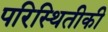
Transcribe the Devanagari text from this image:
परिस्थितीकी